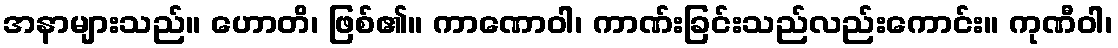
အနာများသည်။ ဟောတိ၊ ဖြစ်၏။ ကာဏောဝါ၊ ကာဏ်းခြင်းသည်လည်းကောင်း။ ကုဏီဝါ၊